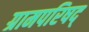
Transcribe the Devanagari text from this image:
ग्रामपरिषद्